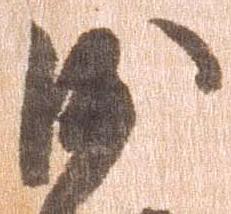
沙